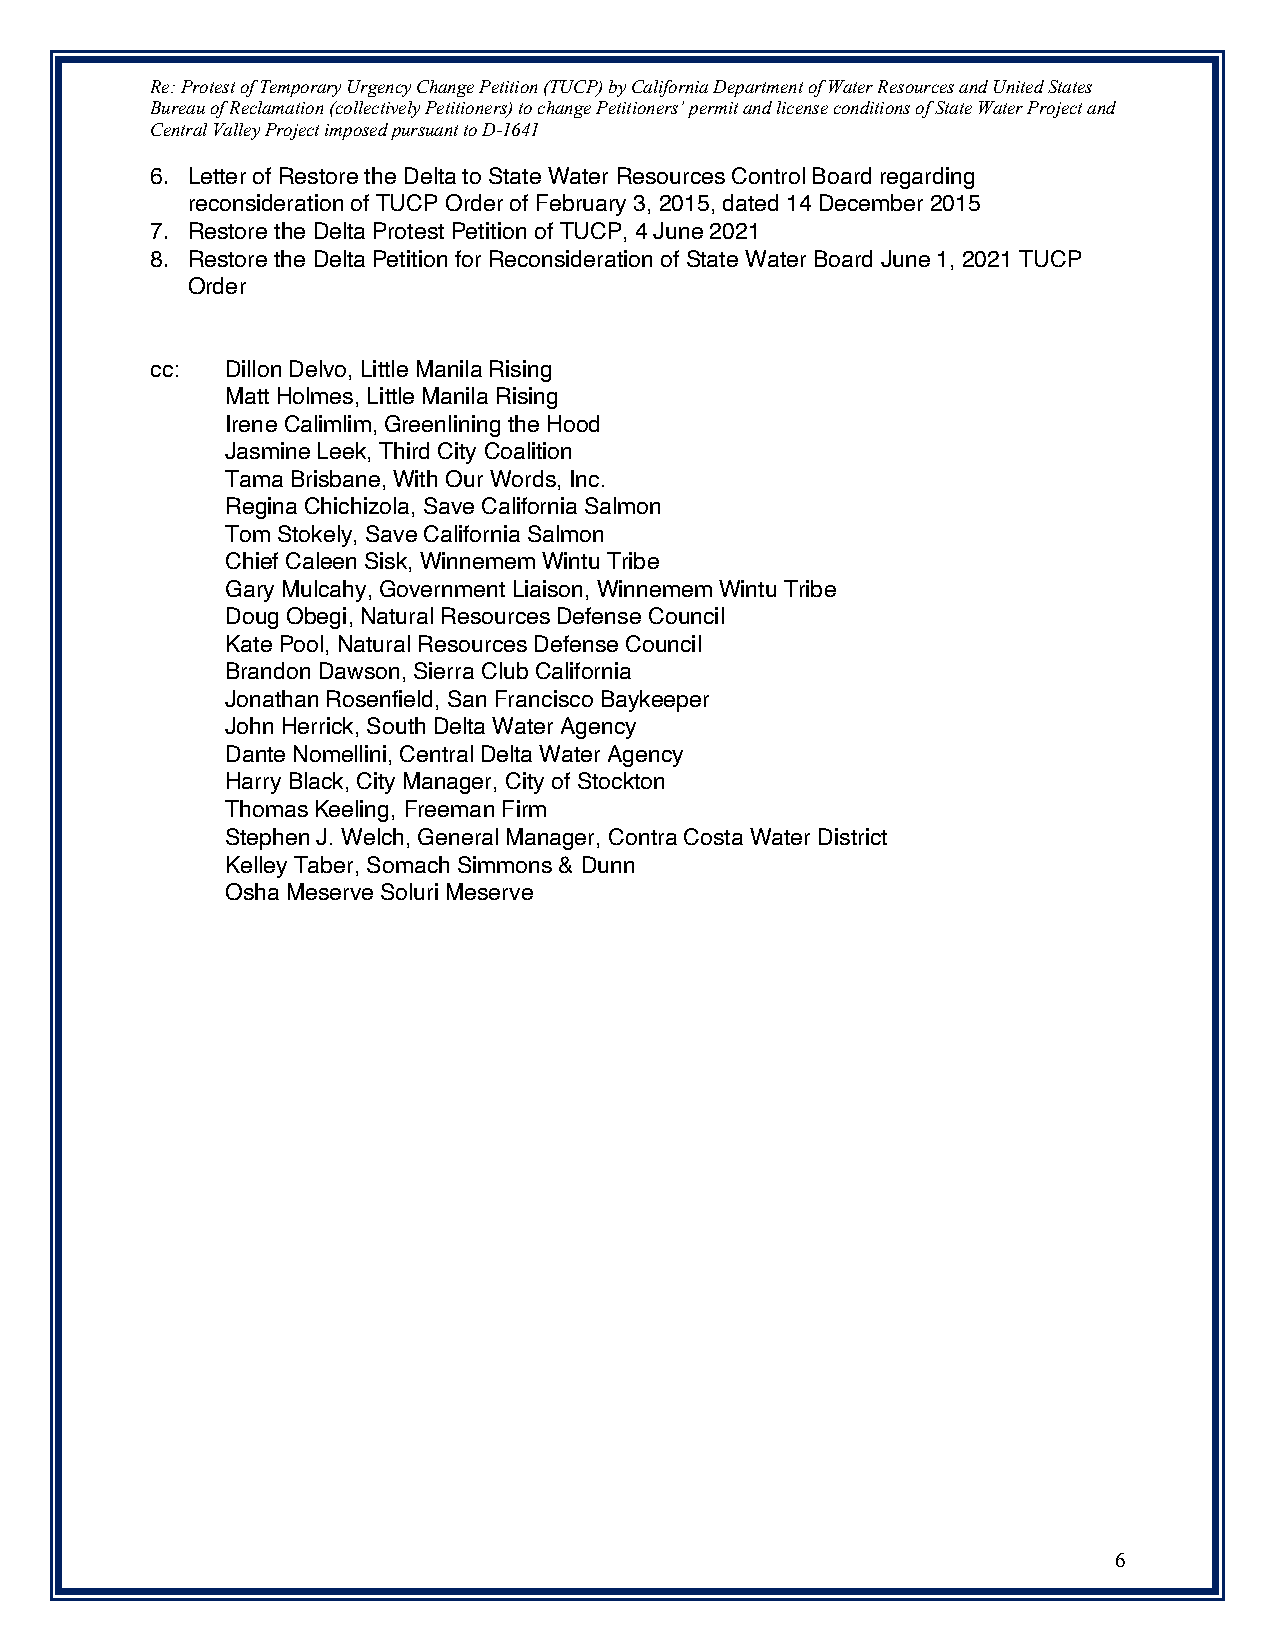
Re: Protest of Temporary Urgency Change Petition (TUCP) by California Department of Water Resources and United States
 Bureau of Reclamation (collectively Petitioners) to change Petitioners’ permit and license conditions of State Water Project and
 Central Valley Project imposed pursuant to D-1641
 6. Letter of Restore the Delta to State Water Resources Control Board regarding
 reconsideration of TUCP Order of February 3, 2015, dated 14 December 2015
 7. Restore the Delta Protest Petition of TUCP, 4 June 2021
 8. Restore the Delta Petition for Reconsideration of State Water Board June 1, 2021 TUCP
 Order
 cc:  Dillon Delvo, Little Manila Rising
 Matt Holmes, Little Manila Rising
 Irene Calimlim, Greenlining the Hood
 Jasmine Leek, Third City Coalition
 Tama Brisbane, With Our Words, Inc.
 Regina Chichizola, Save California Salmon
 Tom Stokely, Save California Salmon
 Chief Caleen Sisk, Winnemem Wintu Tribe
 Gary Mulcahy, Government Liaison, Winnemem Wintu Tribe
 Doug Obegi, Natural Resources Defense Council
 Kate Pool, Natural Resources Defense Council
 Brandon Dawson, Sierra Club California
 Jonathan Rosenfield, San Francisco Baykeeper
 John Herrick, South Delta Water Agency
 Dante Nomellini, Central Delta Water Agency
 Harry Black, City Manager, City of Stockton
 Thomas Keeling, Freeman Firm
 Stephen J. Welch, General Manager, Contra Costa Water District
 Kelley Taber, Somach Simmons & Dunn
 Osha Meserve Soluri Meserve!            !
 6